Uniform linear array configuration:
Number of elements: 64
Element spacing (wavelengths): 0.5
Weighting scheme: hamming
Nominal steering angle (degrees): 60
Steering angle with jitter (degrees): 60.034
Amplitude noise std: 0.05
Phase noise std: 0.05

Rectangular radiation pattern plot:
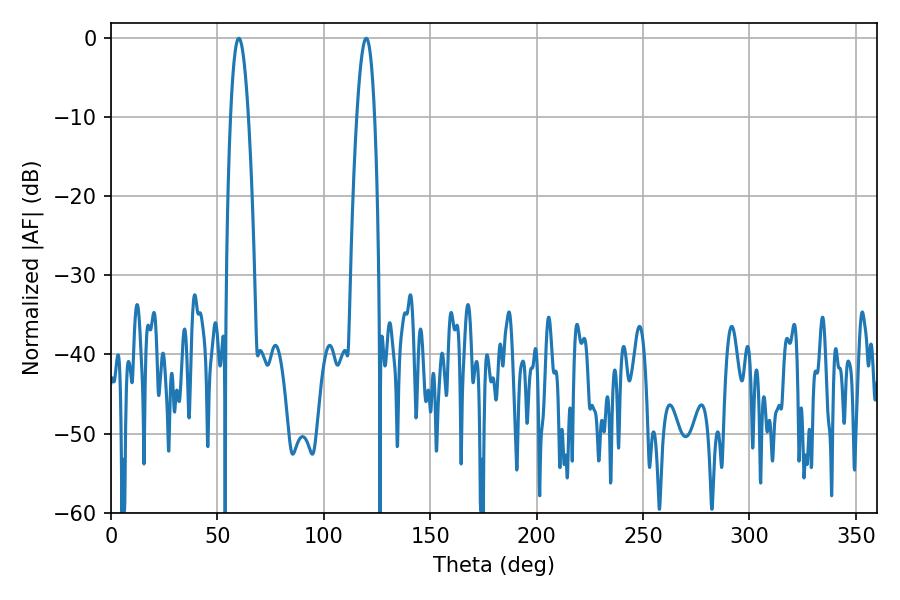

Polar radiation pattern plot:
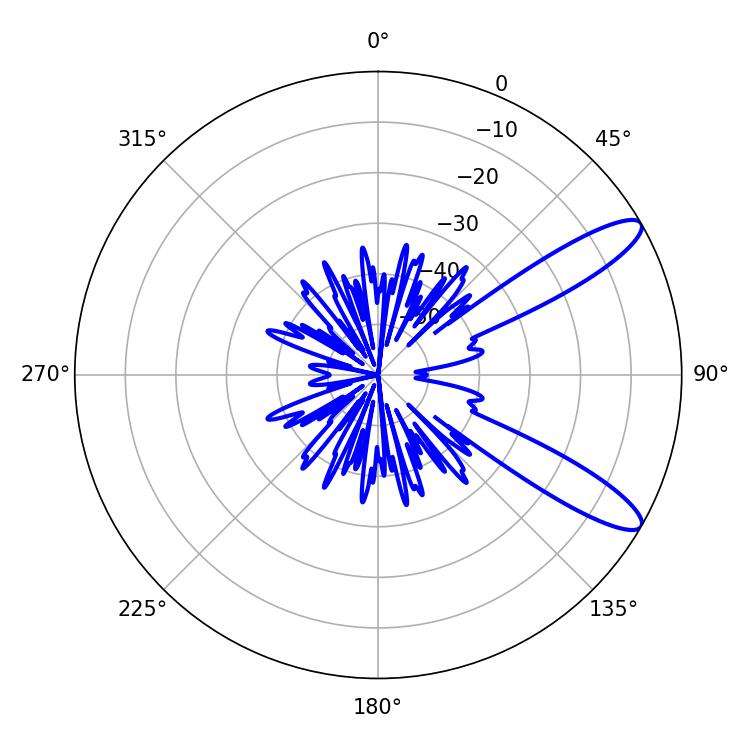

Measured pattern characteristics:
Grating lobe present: FALSE
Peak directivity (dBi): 11.216
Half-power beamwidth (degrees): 4.68
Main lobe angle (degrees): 60.12